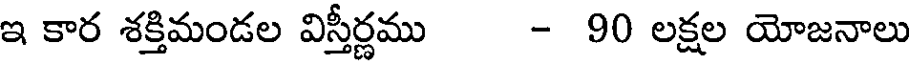
ఇ కార శక్తిమండల విస్తీర్ణము - 90 లక్షల యోజనాలు